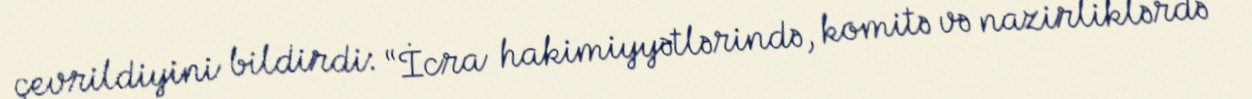
çevrildiyini bildirdi: “İcra hakimiyyətlərində, komitə və nazirliklərdə